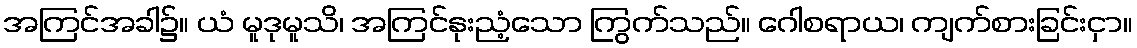
အကြင်အခါ၌။ ယံ မူဒုမူသိ၊ အကြင်နုးညံ့သော ကြွက်သည်။ ဂေါစရာယ၊ ကျက်စားခြင်းငှာ။